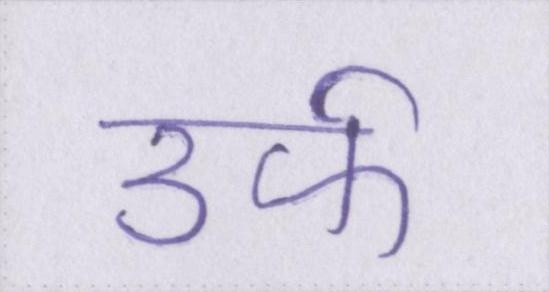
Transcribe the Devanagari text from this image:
उर्फ